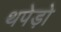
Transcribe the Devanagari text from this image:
थपेड़ो